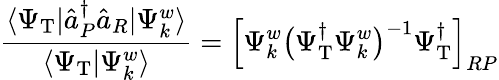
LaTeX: \frac{\langle\Psi_{\mathrm{T}}|\hat{a}_{P}^{\dagger}\hat{a}_{R}|\Psi_{k}^{w}\rangle}{\langle\Psi_{\mathrm{T}}|\Psi_{k}^{w}\rangle}=\Bigl[\Psi_{k}^{w}\big(\Psi_{\mathrm{T}}^{\dagger}\Psi_{k}^{w}\big)^{-1}\Psi_{\mathrm{T}}^{\dagger}\Bigr]_{RP}